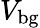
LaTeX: V_{\mathrm{bg}}